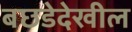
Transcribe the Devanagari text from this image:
बछडेदेखील